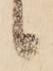
候